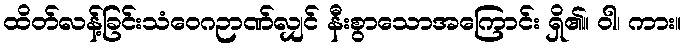
ထိတ်လန့်ခြင်းသံဝေဂဉာဏ်လျှင် နီးစွာသောအကြောင်း ရှိ၏။ ဝါ၊ ကား။